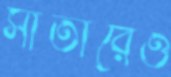
সাঁতারেও